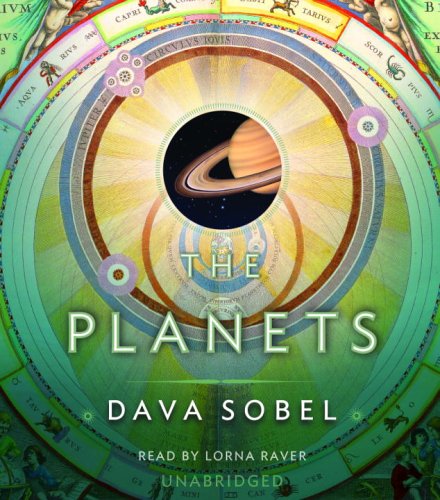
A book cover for The Planets; Dava Sobel; Science & Math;